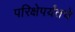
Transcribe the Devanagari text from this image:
परिक्षेपर्यंतचे